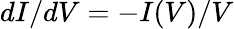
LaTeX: dI/dV=-I(V)/V